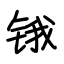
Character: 锇